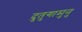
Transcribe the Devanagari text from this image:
दुतुगामुनु